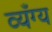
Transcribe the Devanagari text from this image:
व्यँग्य